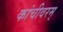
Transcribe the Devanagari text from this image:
कांचीवरम्